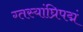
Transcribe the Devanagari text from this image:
ग्तस्यांघ्रिपद्मं